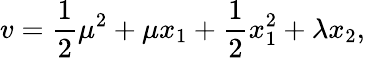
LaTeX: v=\frac{1}{2}\mu^{2}+\mu x_{1}+\frac{1}{2}x_{1}^{2}+\lambda x_{2},